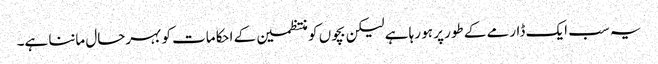
یہ سب ایک ڈارمے کے طور پر ہو رہا ہے لیکن بچوں کو منتظمین کے احکامات کو بہرحال ماننا ہے۔